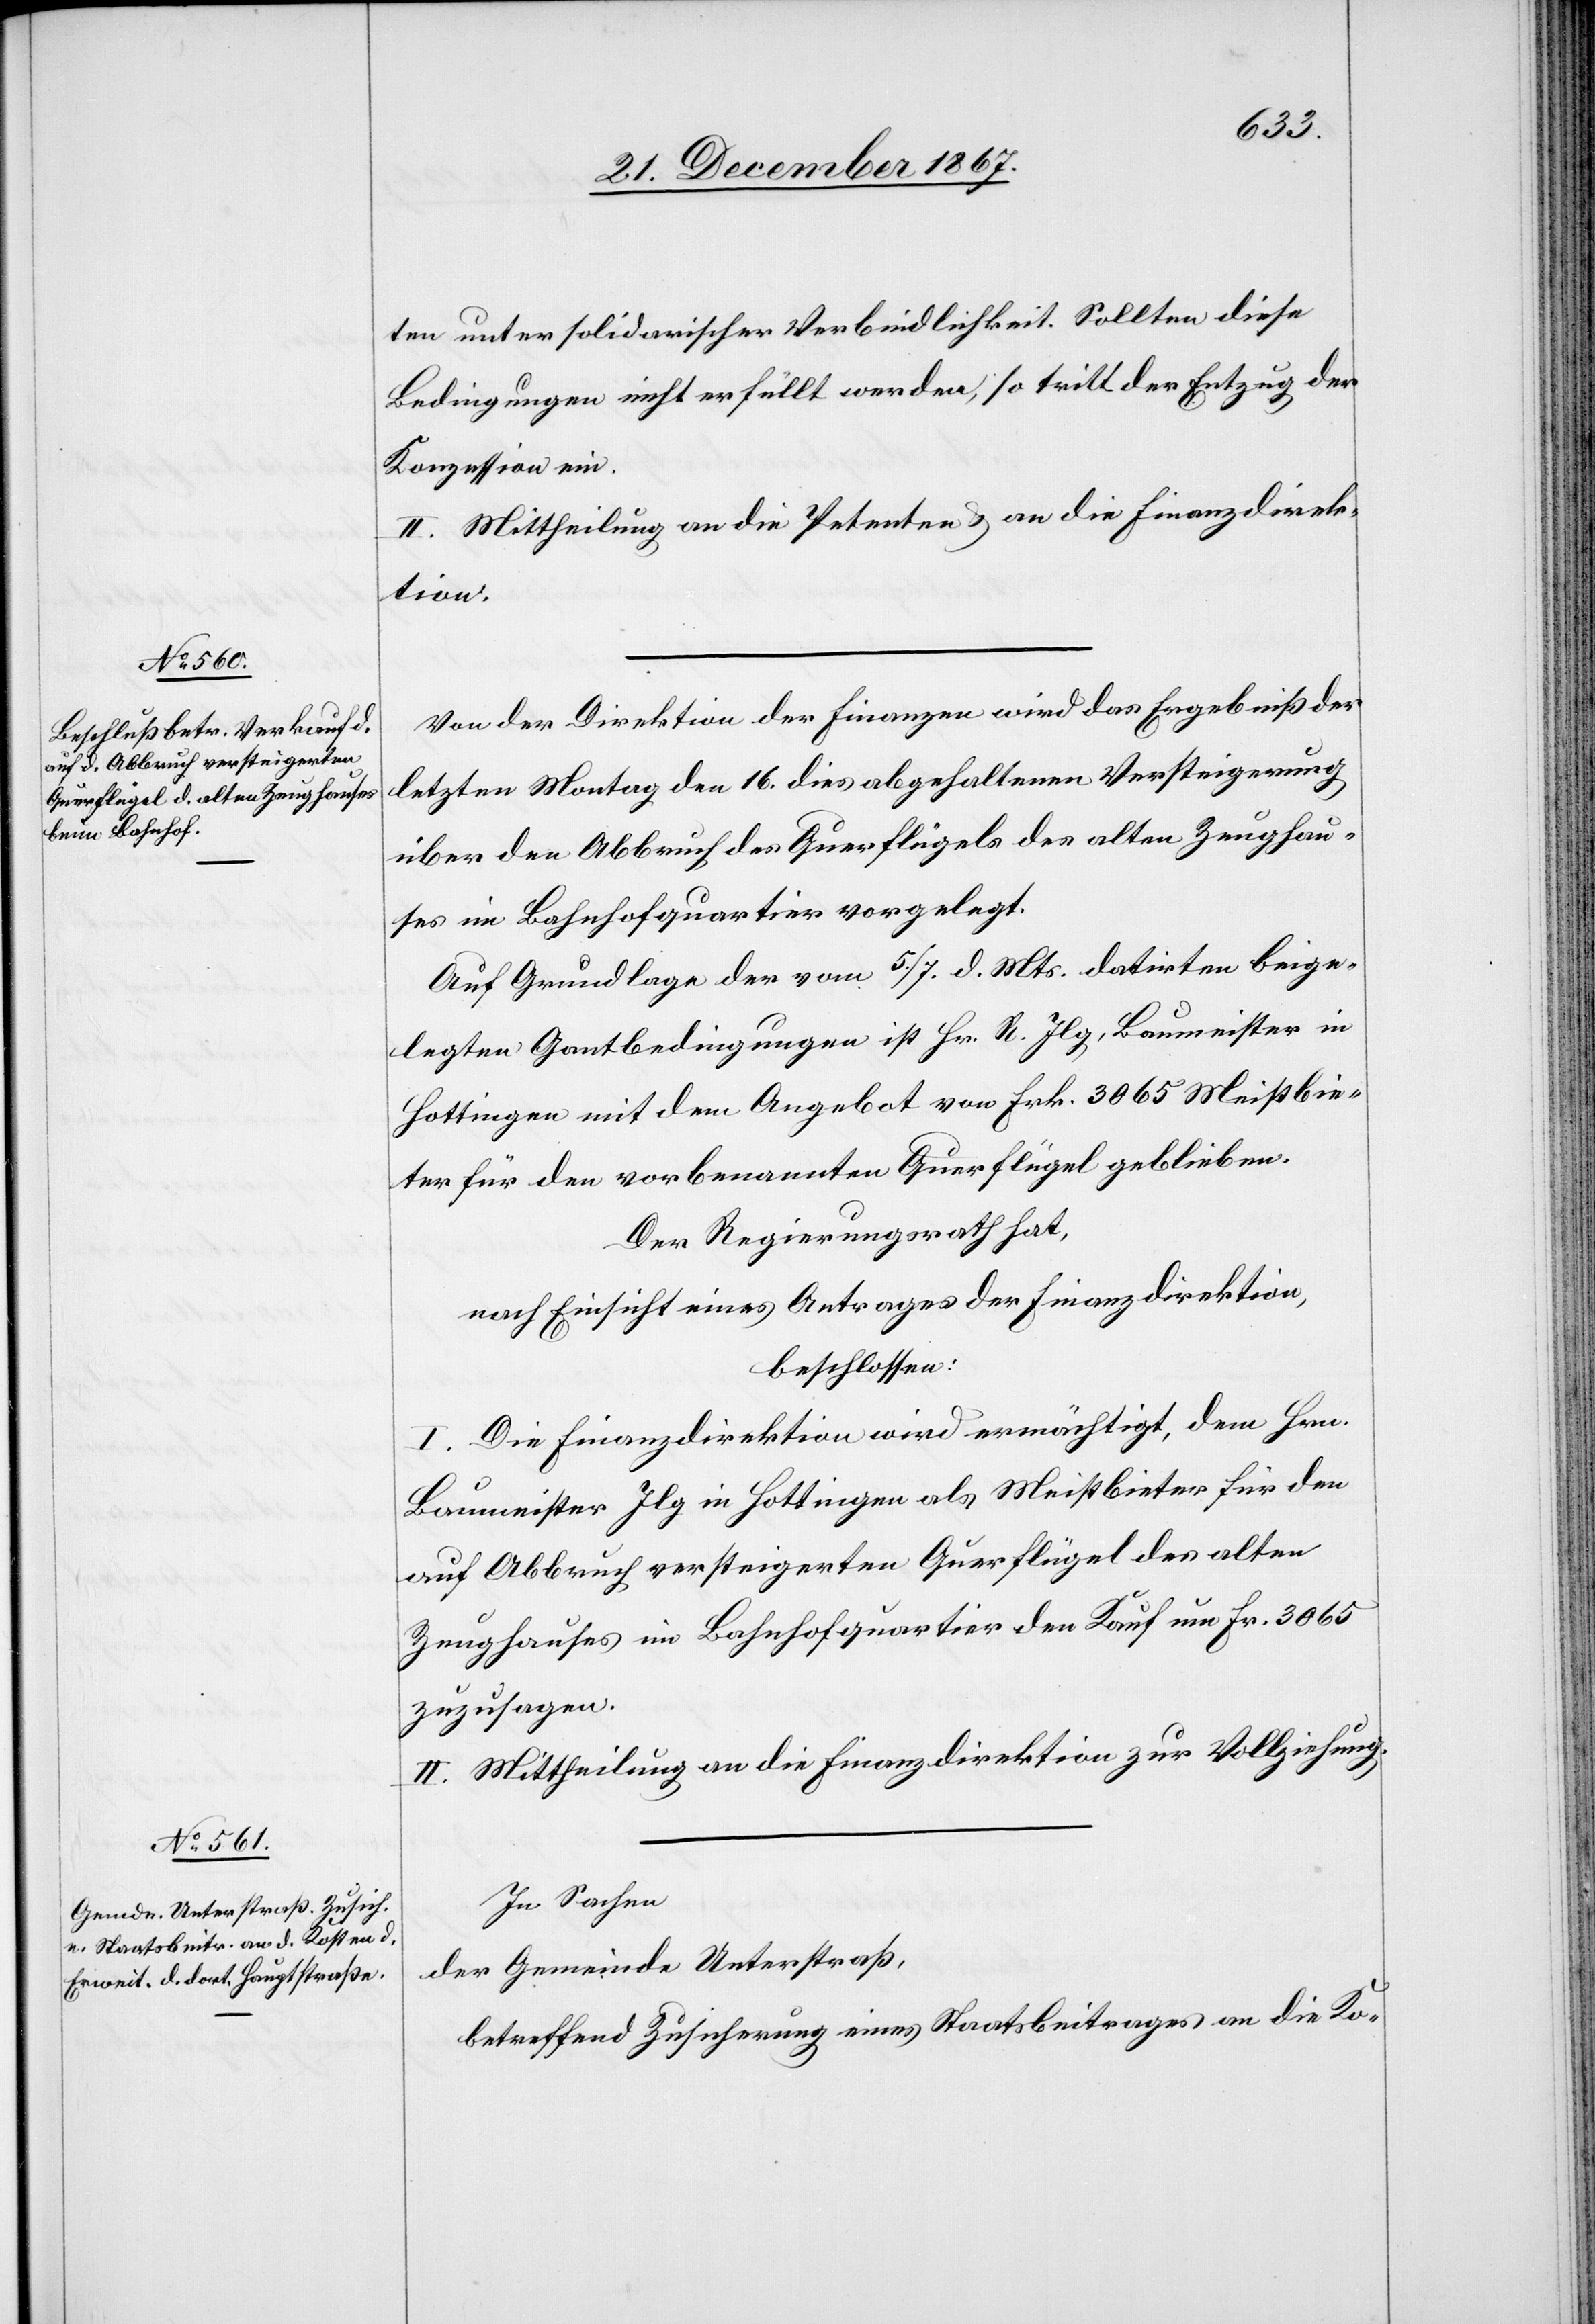
ten unter solidarischer Verbindlichkeit. Sollten diese
Bedingungen nicht erfüllt werden, so tritt der Entzug der
Konzession ein.
II. Mittheilung an die Petenten u. an die Finanzdirek¬
tion.
Von der Direktion der Finanzen wird das Ergebniß der
letzten Montag den 16. dies abgehaltenen Versteigerung
über den Abbruch des Querflügels des alten Zeughau¬
ses im Bahnhofquartier vorgelegt.
Auf Grundlage der vom 5./7. d. Mts. datirten beige¬
legten Gantbedingungen ist Hr. R. Ilg, Baumeister in
Hottingen mit dem Angebot von Frk. 3065 Meistbie¬
ter für den vorbenannten Querflügel geblieben.
Der Regierungsrath hat,
nach Einsicht eines Antrages der Finanzdirektion,
beschlossen:
I. Die Finanzdirektion wird ermächtigt, dem Hrn.
Baumeister Ilg in Hottingen als Meistbieter für den
auf Abbruch versteigerten Querflügel des alten
Zeughauses im Bahnhofquartier den Kauf um Fr. 3065
zuzusagen.
II. Mittheilung an die Finanzdirektion zur Vollziehung.
In Sachen
der Gemeinde Unterstraß
betreffend Zusicherung eines Staatsbeitrages an die Ko-